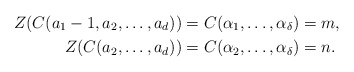
\begin{align*} Z(C(a_1-1,a_2,\ldots,a_d))&=C(\alpha_1,\ldots,\alpha_\delta)=m,\\ Z(C(a_2,\ldots,a_d))&=C(\alpha_2,\ldots,\alpha_\delta)=n. \end{align*}